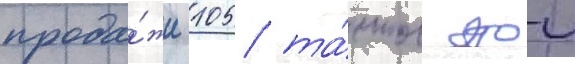
прода́жи 105 та́нков этои